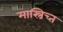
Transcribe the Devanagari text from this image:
मास्त्रिच्त